Civil Veterinary Dept. North-West Frontier Province 1901-22 - 1901-1922
Year: 1901
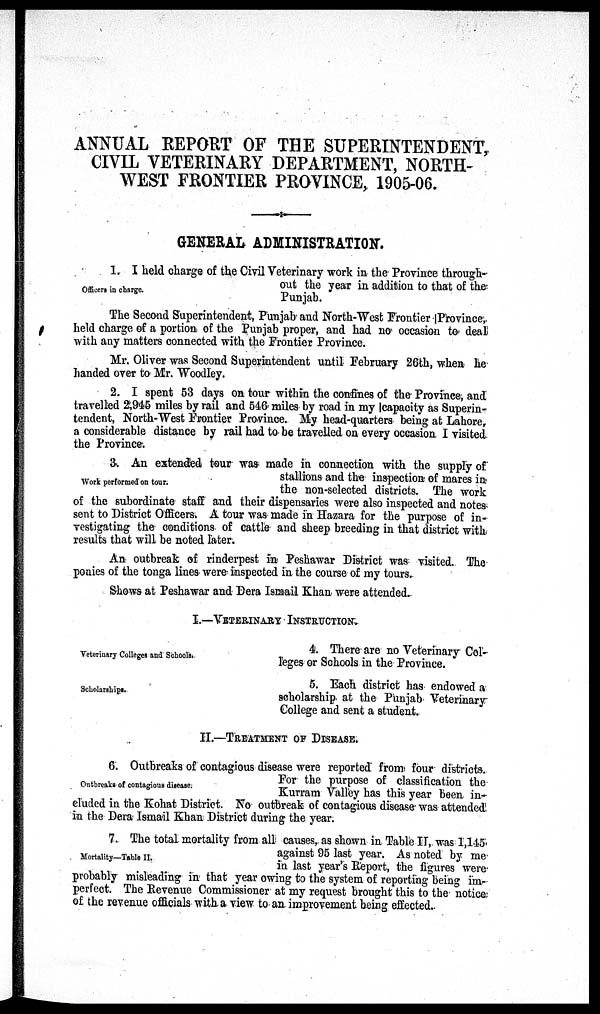
ANNUAL REPORT OF THE SUPERINTENDENT,
CIVIL VETERINARY DEPARTMENT, NORTH-
WEST FRONTIER PROVINCE, 1905-06.
GENERAL ADMINISTRATION.
Officers in charge.
1. I held charge of the Civil Veterinary work in the Province through-
out the year in addition to that of the
Punjab.
The Second Superintendent, Punjab and North-West Frontier Province,
held charge of a portion of the Punjab proper, and had no occasion to deal
with any matters connected with the Frontier Province.
Mr. Oliver was Second Superintendent until February 26th, when he
handed over to Mr. Woodley.
2. I spent 53 days on tour within the confines of the Province, and
travelled 2,945 miles by rail and 546 miles by road in my capacity as Superin-
tendent, North-West Frontier Province. My head-quarters being at Lahore,
a considerable distance by rail had to be travelled on every occasion I visited
the Province.
Work performed on tour.
3. An extended tour was made in connection with the supply of
stallions and the inspection of mares in
the non-selected districts. The work
of the subordinate staff and their dispensaries were also inspected and notes
sent to District Officers. A tour was made in Hazara for the purpose of in-
vestigating the conditions of cattle and sheep breeding in that district with
results that will be noted later.
An outbreak of rinderpest in Peshawar District was visited. The
ponies of the tonga lines were inspected in the course of my tours.
Shows at Peshawar and Dera Ismail Khan were attended.
I.—VETERINARY INSTRUCTION.
Veterinary Colleges and Schools.
4. There are no Veterinary Col-
leges or Schools in the Province.
Scholarships.
5. Each district has endowed a
scholarship at the Punjab Veterinary
College and sent a student.
II.—TREATMENT OF DISEASE.
Outbreaks of contagious disease.
6. Outbreaks of contagious disease were reported from four districts.
For the purpose of classification the
Kurram Valley has this year been in-
cluded in the Kohat District. No outbreak of contagious disease was attended
in the Dera Ismail Khan District during the year.
Mortality—Table II.
7. The total mortality from all causes, as shown in Table II, was 1,145
against 95 last year. As noted by me
in last year's Report, the figures were
probably misleading in that year owing to the system of reporting being im-
perfect. The Revenue Commissioner at my request brought this to the notice
of the revenue officials with a view to an improvement being effected.